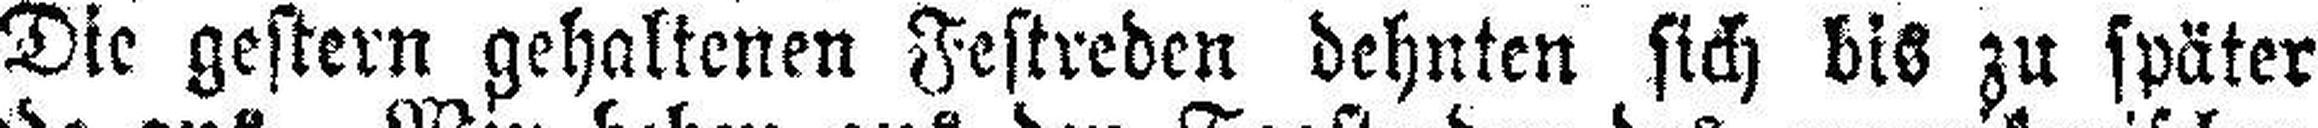
Die gestern gehaltenen Festreden dehnten sich bis zu später